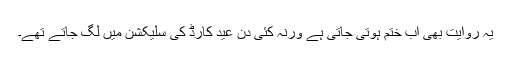
یہ روایت بھی اب ختم ہوتی جاتی ہے ورنہ کئی دن عید کارڈ کی سلیکشن میں لگ جاتے تھے۔